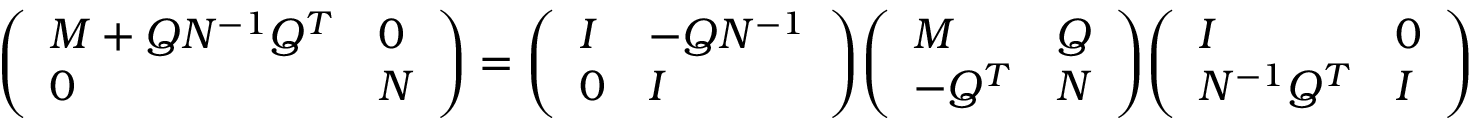
{ \left( \begin{array} { l l } { M + Q N ^ { - 1 } Q ^ { T } } & { 0 } \\ { 0 } & { N } \end{array} \right) } = { \left( \begin{array} { l l } { I } & { - Q N ^ { - 1 } } \\ { 0 } & { I } \end{array} \right) } { \left( \begin{array} { l l } { M } & { Q } \\ { - Q ^ { T } } & { N } \end{array} \right) } { \left( \begin{array} { l l } { I } & { 0 } \\ { N ^ { - 1 } Q ^ { T } } & { I } \end{array} \right) } .